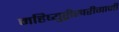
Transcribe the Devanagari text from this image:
महिष्युष्ट्रीखरीगामी